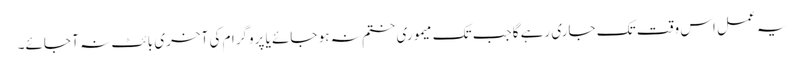
یہ عمل اس وقت تک جاری رہے گاجب تک میموری ختم نہ ہو جائے یا پروگرام کی آخری بائٹ نہ آ جائے۔